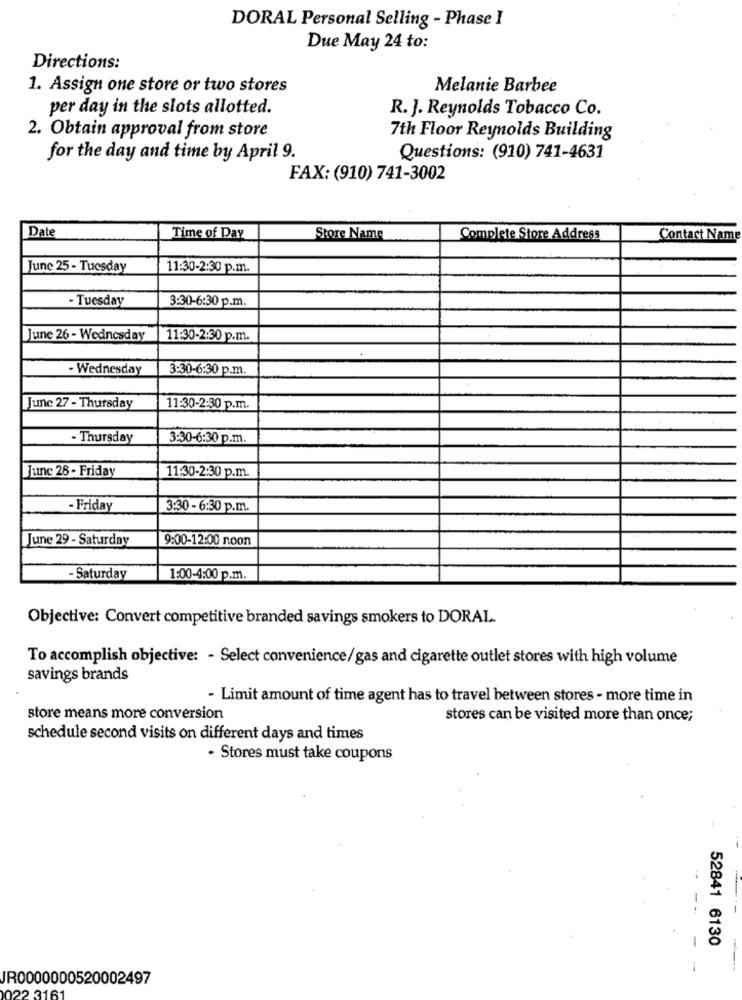
DORAL Personal Selling - Phase I
Due May 24 to:
Directions:
1. Assign one store or two stores
Melanie Barbee
per day in the slots allotted.
R. J. Reynolds Tobacco Co.
2. Obtain approval from store
7th Floor Reynolds Building
for the day and time by April 9.
Questions: (910) 741-4631
FAX: (910) 741-3002
Date
Time of Day
Store Name
Complete Store Address
Contact Name
June 25 - Tuesday
11:30-2:30 p.m.
- Tuesday
3:30-6:30 p.m.
June 26 - Wednesday
11:30-2:30 p.m.
- Wednesday
3:30-6:30 p.m.
June 27 - Thursday
11:30-2:30 p.m.
- Thursday
3:30-6:30 p.m.
June 28 - Friday
11:30-2:30 p.m.
- Friday
3:30 - 6:30 p.m.
June 29 - Saturday
9:00-12:00 noon
Saturday
1:00-4:00 p.m.
Objective: Convert competitive branded savings smokers to DORAL.
To accomplish objective: - Select convenience/gas and cigarette outlet stores with high volume
savings brands
- Limit amount of time agent has to travel between stores - more time in
store means more conversion
stores can be visited more than once;
schedule second visits on different days and times
- Stores must take coupons
-
52841 6130
JR0000000520002497
122 3161